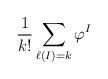
LaTeX: \begin{align*}\frac1{k!}\sum_{\ell(I)=k} \varphi^I\end{align*}